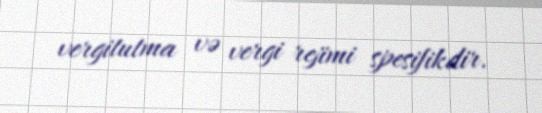
vergitutma və vergi rejimi spesifikdir.